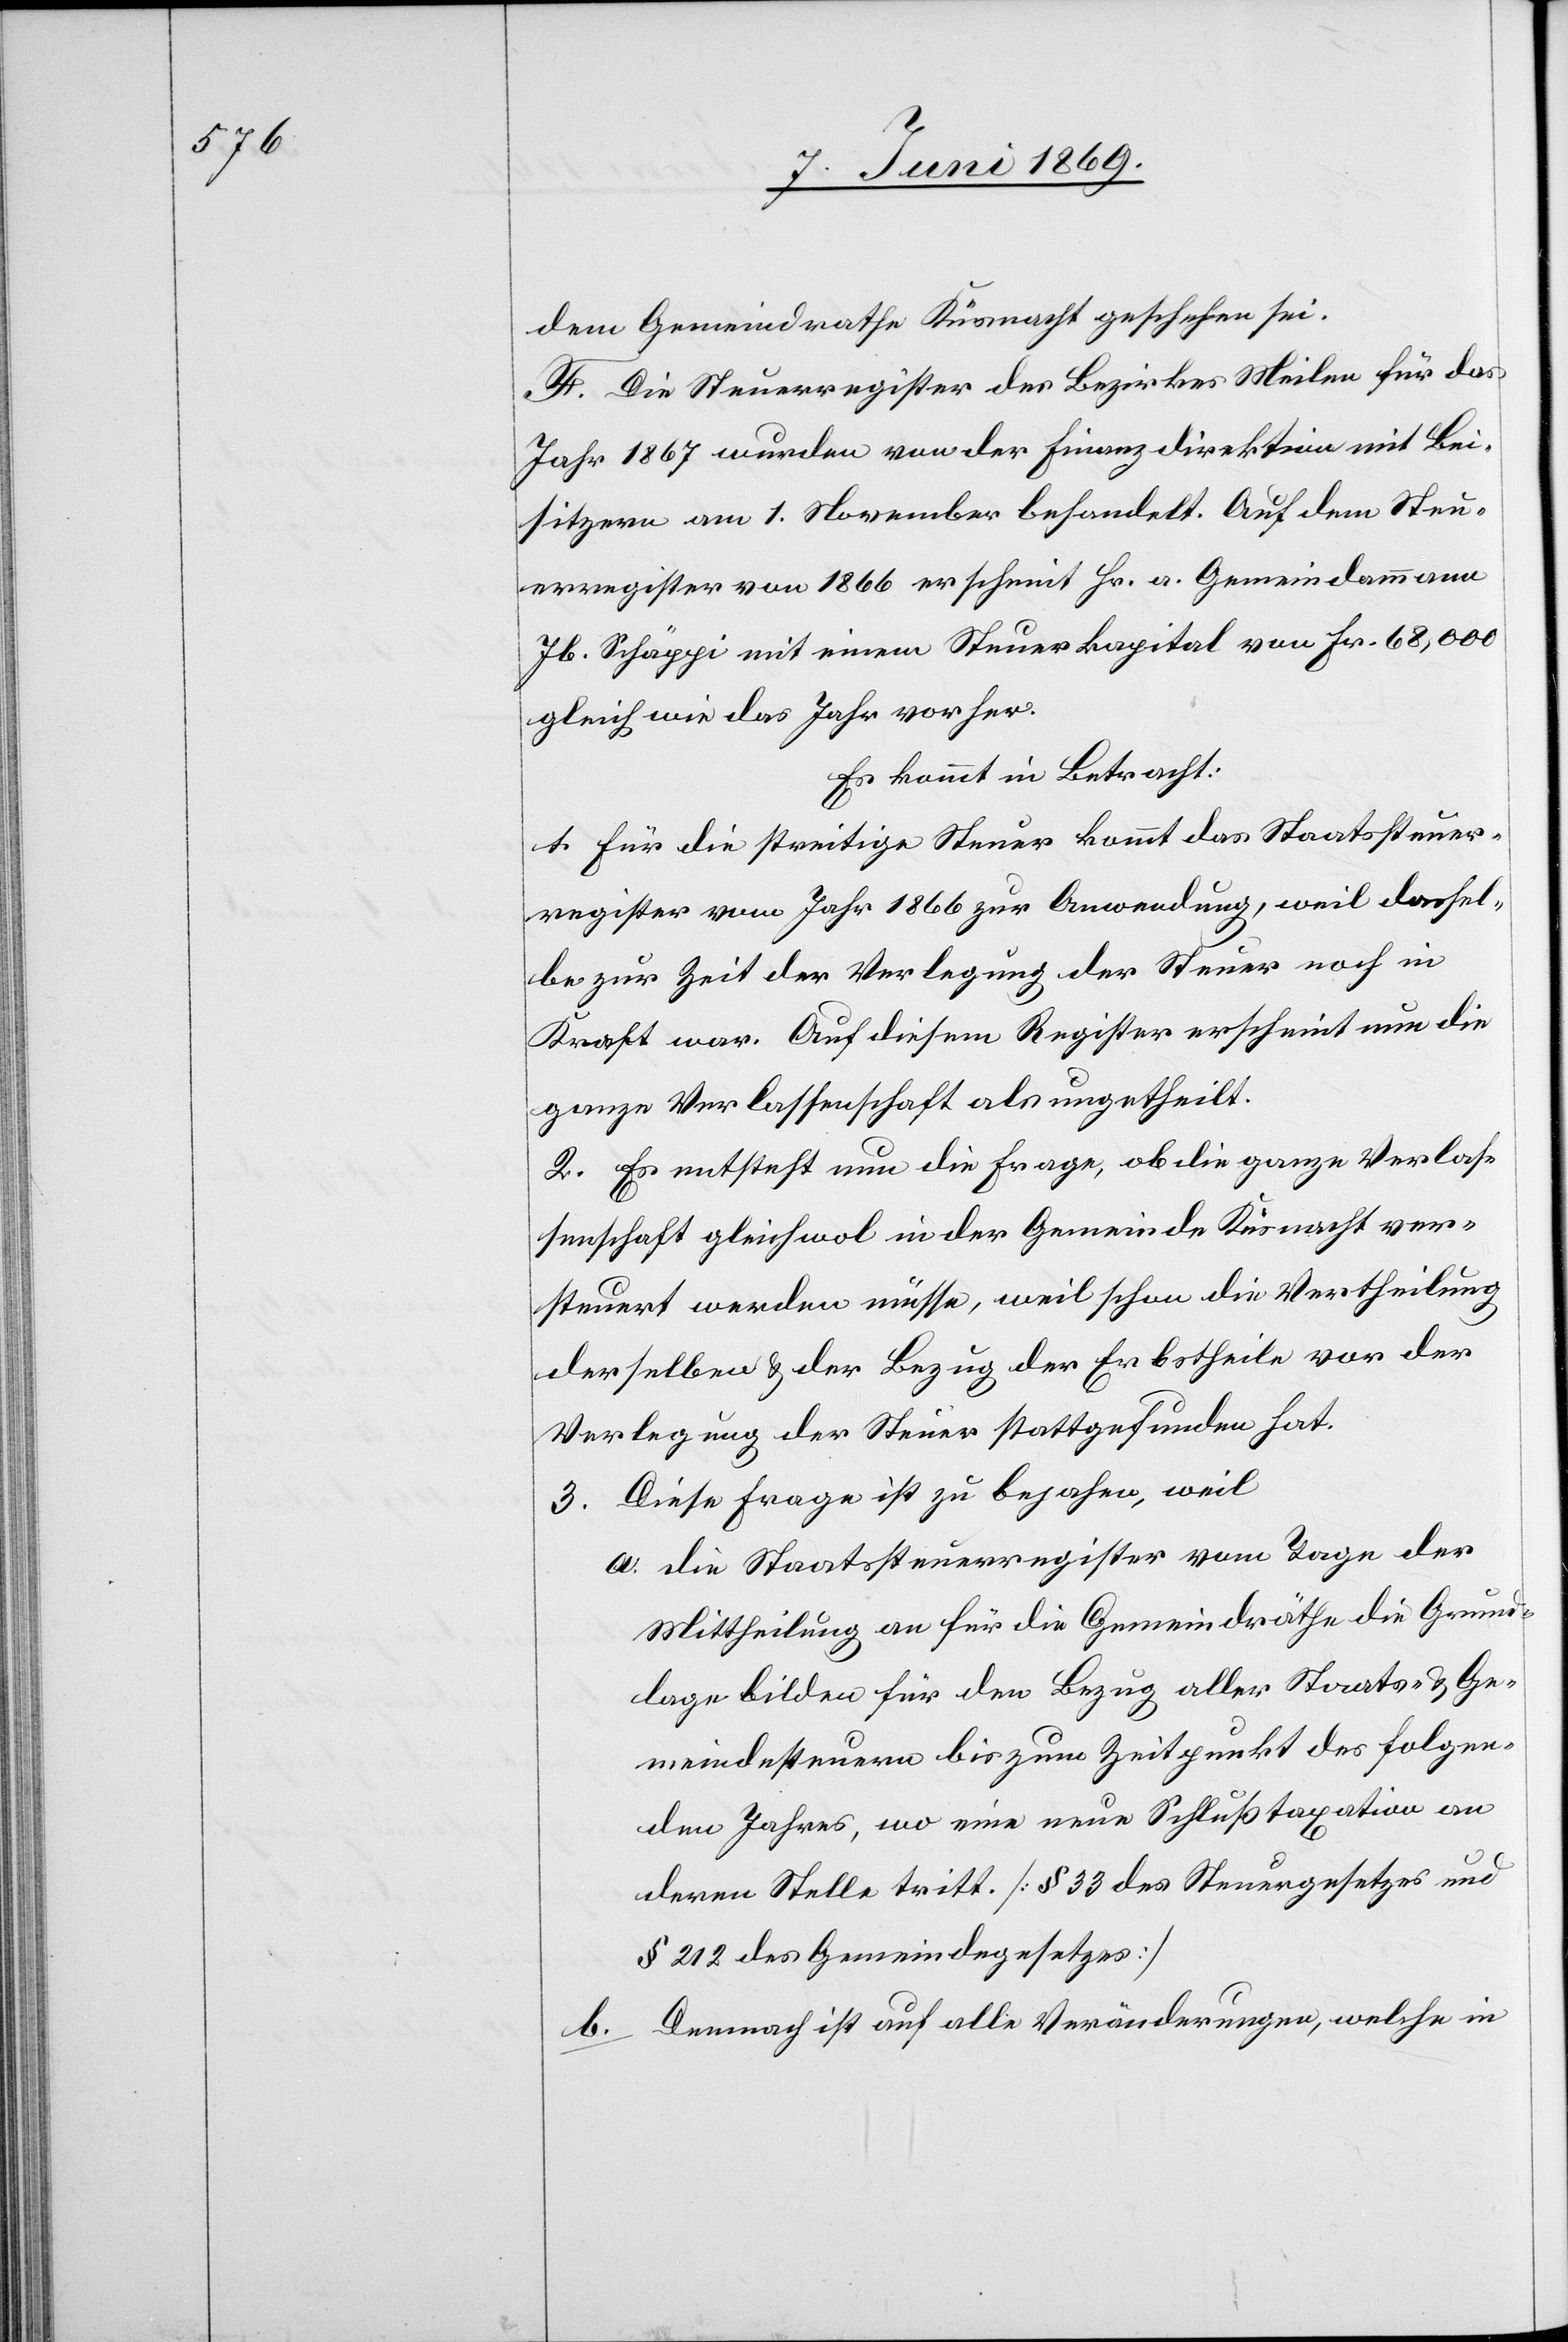
dem Gemeindrathe Küsnacht geschehen sei.
F. Die Steuerregister des Bezirkes Meilen für das
Jahr 1867 wurden von der Finanzdirektion mit Bei¬
sitzern am 1 November behandelt. Auf dem Steu¬
erregister von 1866 erscheint Hr. a. Gemeindammann
Jb. Schäppi mit einem Steuerkapital von Fr. 68,000
gleich wie das Jahr vorher.
Es kommt in Betracht:
1. Für die streitige Steuer kommt das Staatssteuer¬
register vom Jahr 1866 zur Anwendung, weil dassel¬
be zur Zeit der Verlegung der Steuer noch in
Kraft war. Auf diesem Register erscheint nun die
ganze Verlassenschaft als ungetheilt.
2. Es entsteht nun die Frage, ob die ganze Verlas¬
senschaft gleichwol in der Gemeinde Küsnacht ver¬
steuert werden müsse, weil schon die Vertheilung
derselben u. der Bezug der Erbstheile vor der
Verlegung der Steuer stattgefunden hat.
3. Diese Frage ist zu bejahen, weil
a. die Staatssteuerregister vom Tage der
Mittheilung an für die Gemeindräthe die Grund¬
lage bilden für den Bezug aller Staats- u. Ge¬
meindesteuern bis zum Zeitpunkt des folgen¬
den Jahres, wo eine neue Schlußtaxation an
deren Stelle tritt. [§ 33 des Steuergesetzes und
§ 212 des Gemeindegesetzes]
Dennoch ist auf alle Veränderungen, welche in
b.